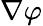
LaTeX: \nabla\varphi